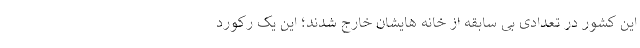
این کشور در تعدادی بی سابقه از خانه هایشان خارج شدند؛ این یک رکورد